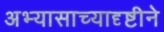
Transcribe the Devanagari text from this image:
अभ्यासाच्यादृष्टीने